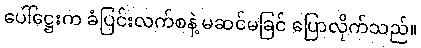
ပေါ်ဋ္ဌေးက ခံပြင်းလက်စနဲ့ မဆင်မခြင် ပြောလိုက်သည်။